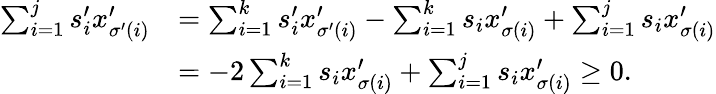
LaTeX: \begin{array}{rl}{\sum_{i=1}^{j}s_{i}^{\prime}x_{\sigma^{\prime}(i)}^{\prime}}&{=\sum_{i=1}^{k}s_{i}^{\prime}x_{\sigma^{\prime}(i)}^{\prime}-\sum_{i=1}^{k}s_{i}x_{\sigma(i)}^{\prime}+\sum_{i=1}^{j}s_{i}x_{\sigma(i)}^{\prime}}\\ &{=-2\sum_{i=1}^{k}s_{i}x_{\sigma(i)}^{\prime}+\sum_{i=1}^{j}s_{i}x_{\sigma(i)}^{\prime}\ge 0.}\end{array}